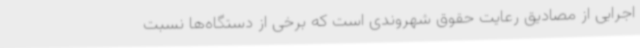
اجرایی از مصادیق رعایت حقوق شهروندی است که برخی از دستگاه‌ها نسبت